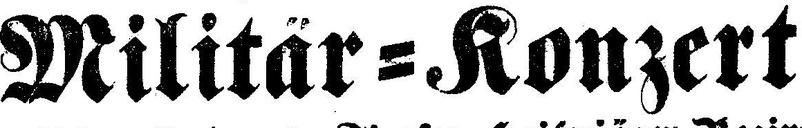
Militär=Konzert